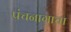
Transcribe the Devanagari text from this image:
पंचनागाचा